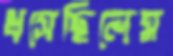
ধসেছিলেম